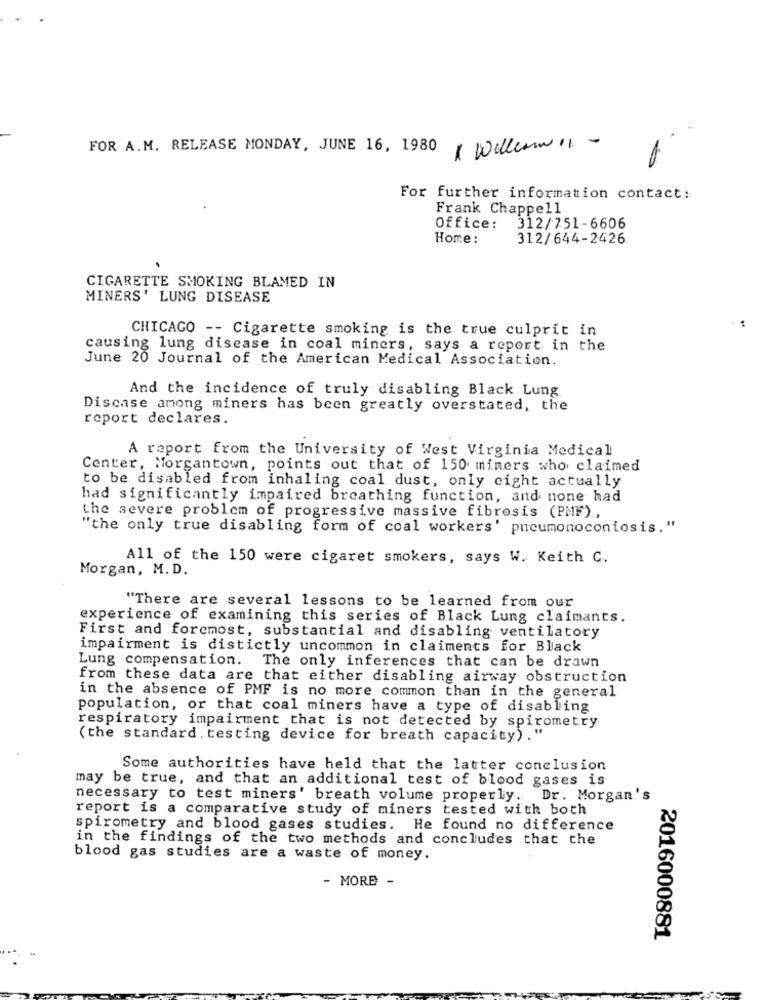
FOR A.M. RELEASE MONDAY, JUNE 16, 1980
1 William 1 -
For further information contact:
Frank Chappell
Office: 312/751-6606
Home:
312/644-2426
CIGARETTE SMOKING BLAMED IN
MINERS' LUNG DISEASE
CHICAGO -- Cigarette smoking is the true culprit in
causing lung disease in coal miners, says a report in the
June 20 Journal of the American Medical Association.
And the incidence of truly disabling Black Lung
Discase among miners has been greatly overstated, the
report declares.
A report from the University of West Virginia Medical
Center, Morgantown, points out that of 150 mimers who claimed
to be disabled from inhaling coal dust, only cight actually
had significantly impaired breathing function, and none had
the severe problem of progressive massive fibrosis (PMF) ,
"the only true disabling form of coal workers' pneumonoconiosis."
All of the 150 were cigaret smokers, says W. Keith C.
Morgan, M.D.
"There are several lessons to be learned from our
experience of examining this series of Black Lung claimants.
First and foremost, substantial and disabling ventilatory
impairment is distictly uncommon in claiments for Black
Lung compensation. The only inferences that can be drawn
from these data are that either disabling airway obstruction
in the absence of PMF is no more common than in the general
population, or that coal miners have a type of disabling
respiratory impairment that is not detected by spirometry
(the standard . testing device for breath capacity) ."
Some authorities have held that the latter conclusion
may be true, and that an additional test of blood gases is
necessary to test miners' breath volume properly. Dr. Morgan's
report is a comparative study of miners tested with both
spirometry and blood gases studies. He found no difference
in the findings of the two methods and concludes that the
blood gas studies are a waste of money.
- MORE -
2016000881